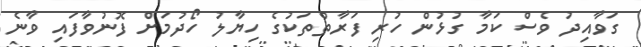
ގަވާއިދު ވެސް ކަމާ ގުޅުން ހުރި ފަރާތްތަކުގެ ހިޔާލު ހޯދުމަށް ފޮނުވާފައި ވާނެ